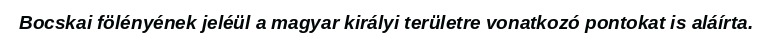
Bocskai fölényének jeléül a magyar királyi területre vonatkozó pontokat is aláírta.